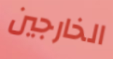
الخارجين